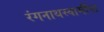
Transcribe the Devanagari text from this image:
रंगनाथस्वामींना